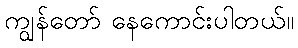
ကျွန်တော် နေကောင်းပါတယ်။